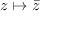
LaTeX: z \mapsto { \bar { z } }